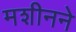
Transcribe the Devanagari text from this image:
मशीनने